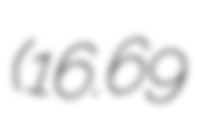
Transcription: (16.69